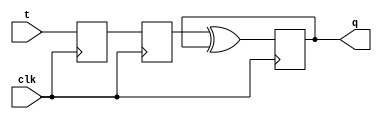
module t_ff(
    input wire clk,
    input wire t,
    output reg q
);

reg d1, d2;

// Master flip-flop
always @(posedge clk)
begin
    d1 <= t;
end

// Slave flip-flop
always @(negedge clk)
begin
    d2 <= d1;
end

// Output the toggled value
always @(posedge clk)
begin
    q <= d2 ^ q;
end

endmodule